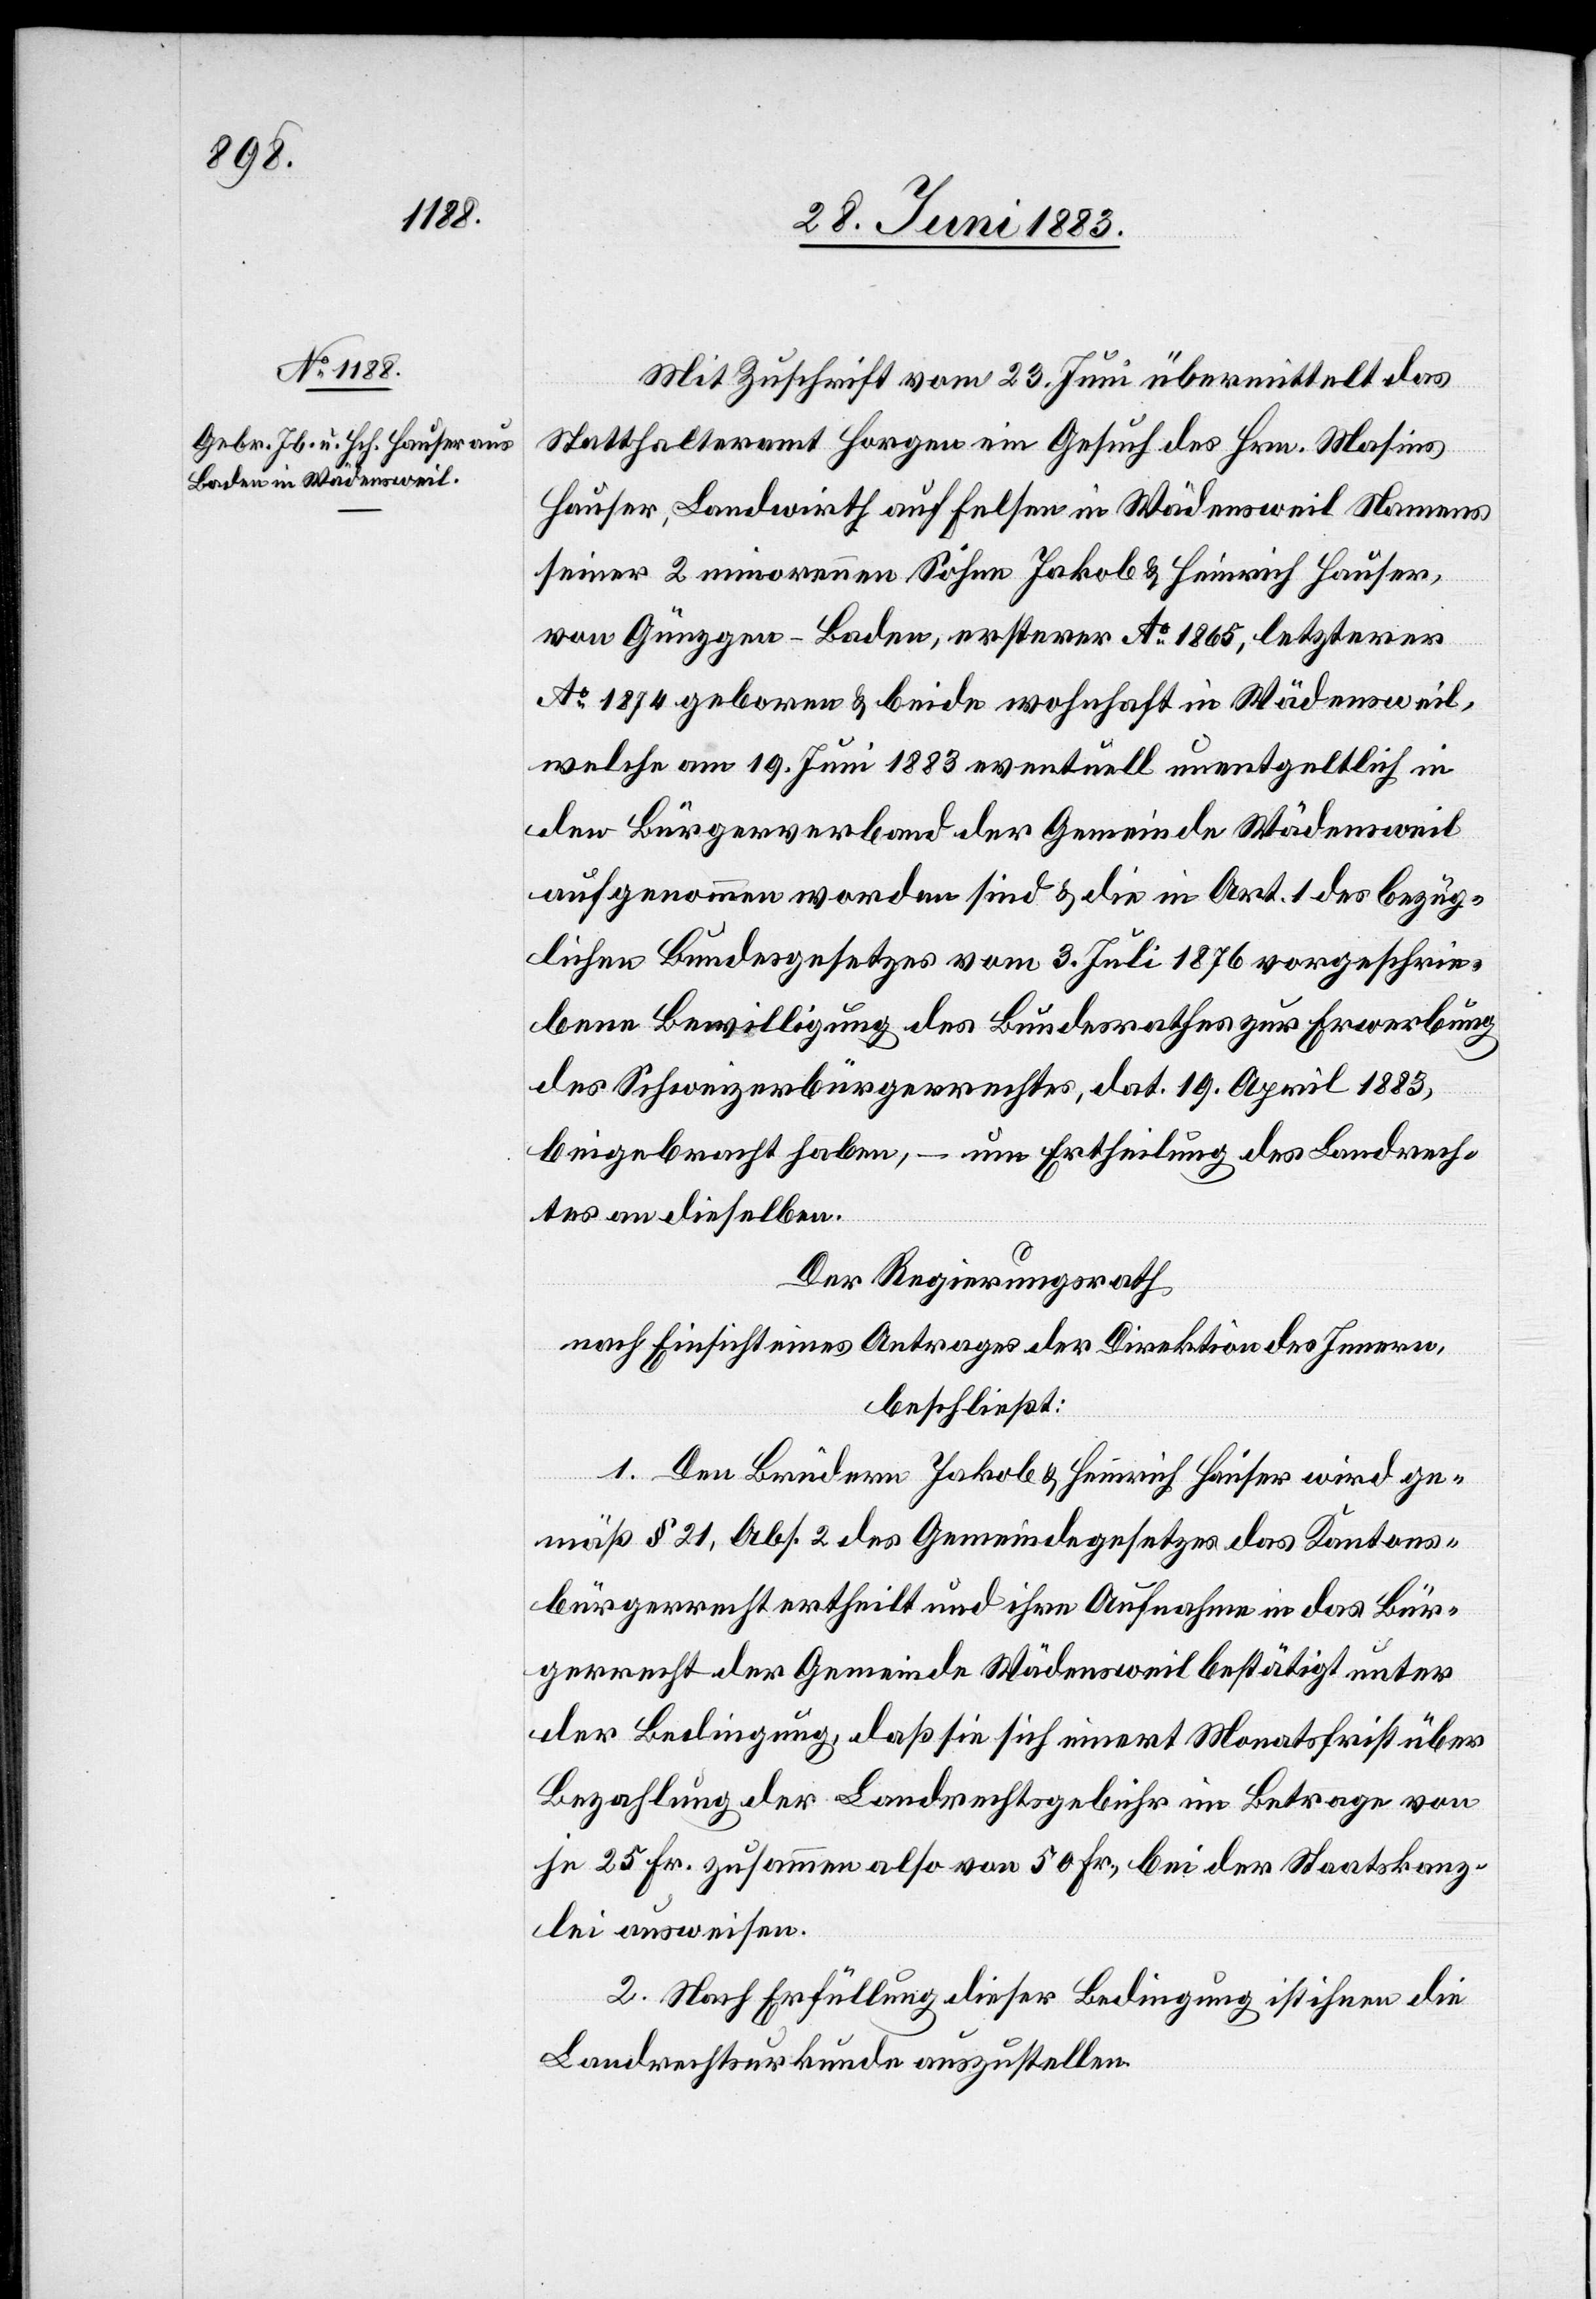
Mit Zuschrift vom 23. Juni übermittelt das
Statthalteramt ein Gesuch des Hr. Masies
Hauser, Landwirth auf Felsen in Wädensweil Namens
seiner 2 minorennen Söhne Jakob & Heinrich Hauser,
von Günzgen - Baden, ersterer Ao 1865, letzterer
Ao 1874 geboren & beide wohnhaft in Wädensweil,
welche am 19. Juni 1883 eventuell unentgeltlich in
den Bürgerverband der Gemeinde Wädensweil
aufgenommen worden sind & die in Art. 1 des bezüg¬
lichen Bundesgesetzes vom 3. Juli 1876 vorgeschrie¬
bene Bewilligung des Bundesrathes zur Erwerbung
des Schweizerbürgerrechtes, dat. 19. April 1883,
beigebracht haben, – um Ertheilung des Landrech¬
tes an dieselben.
Der Regierungsrath
nach Einsicht eines Antrages der Direktion des Innern,
beschließt:
1. Den Brüdern Jakob & Heinrich Hauser wird ge¬
mäß § 21, Abs. 2 des Gemeindegesetzes das Kantons¬
bürgerrecht ertheilt und ihre Aufnahme in das Bür¬
gerrecht der Gemeinde Wädensweil bestätigt unter
der Bedingung, daß sie sich innert Monatsfrist über
Bezahlung der Landrechtsgebühr im Betrage von
je 25 Fr. zusammen also von 50 Fr., bei der Staatskanz¬
lei ausweisen.
2. Nach Erfüllung dieser Bedingung ist ihnen die
Landrechtsurkunde auszustellen.